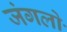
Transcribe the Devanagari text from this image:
जंगलोॱ